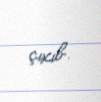
çıxıb.